Indian journal of veterinary science and animal husbandry - Volume 4,
Year: 1934
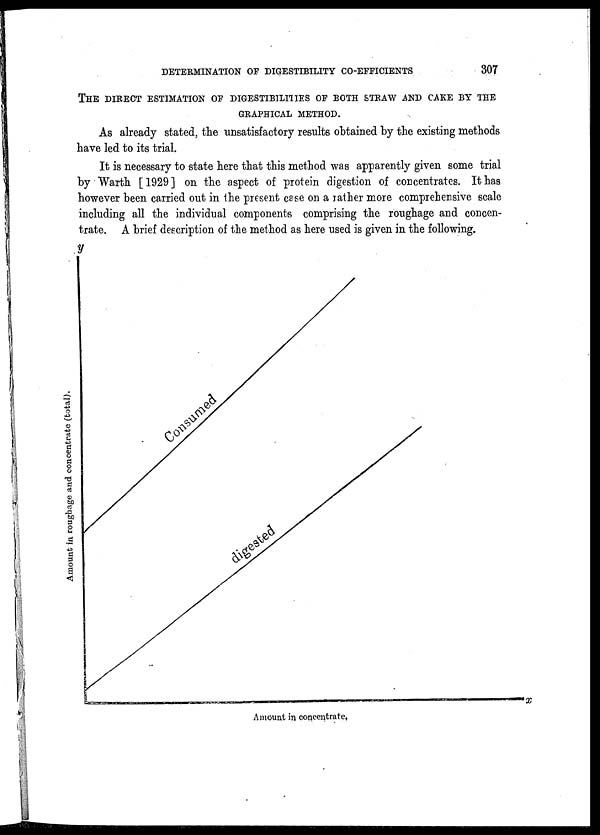
DETERMINATION OF DIGESTIBILITY CO-EFFICIENTS
307
THE DIRECT ESTIMATION OF DIGESTIBILITIES OF BOTH STRAW AND CAKE BY THE
GRAPHICAL METHOD.
As already stated, the unsatisfactory results obtained by the existing methods
have led to its trial.
It is necessary to state here that this method was apparently given some trial
by Warth [ 1929 ] on the aspect of protein digestion of concentrates. It has
however been carried out in the present case on a rather more comprehensive scale
including all the individual components comprising the roughage and concen-
trate. A brief description of the method as here used is given in the following.